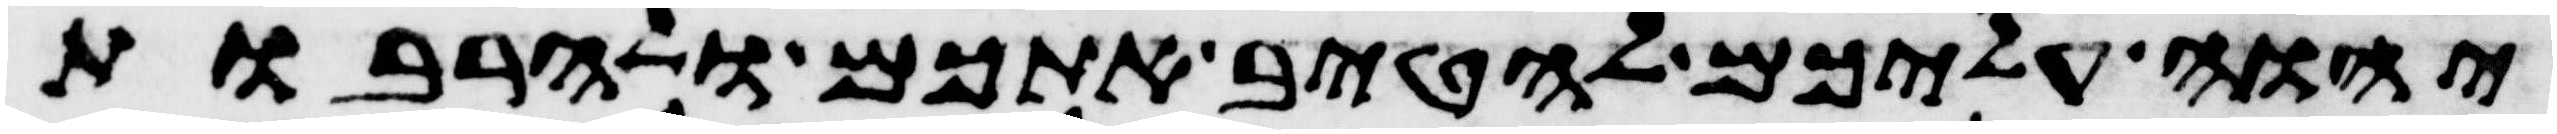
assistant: יהוה עליכם להטיב אתכם ולהרבות